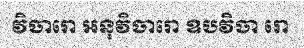
វិចារោ អនុវិចារោ ឧបវិចា រោ